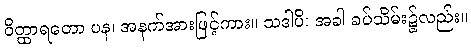
ဝိတ္ထာရတော ပန၊ အနက်အားဖြင့်ကား။ သဒါပိ၊ အခါ ခပ်သိမ်း၌လည်း။